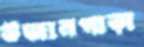
উজানপাড়া